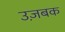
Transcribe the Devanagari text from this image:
उज़बक